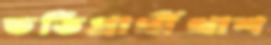
ভর্তিপ্রার্থীখাশ